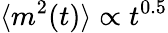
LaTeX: \langle m^{2}(t)\rangle\propto t^{0.5}